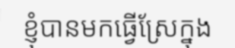
ខ្ញុំបានមកធ្វើស្រែក្នុង